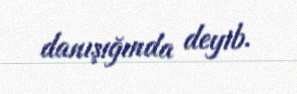
danışığında deyib.